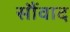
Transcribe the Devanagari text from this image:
सौंवाद